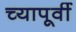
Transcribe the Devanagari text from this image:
च्यापूर्वी